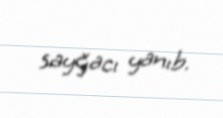
sayğacı yanıb.